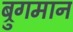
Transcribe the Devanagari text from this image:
ब्रुगमान